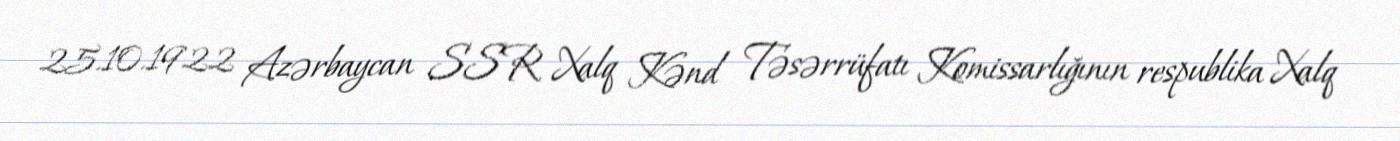
25.10.1922 Azərbaycan SSR Xalq Kənd Təsərrüfatı Komissarlığının respublika Xalq